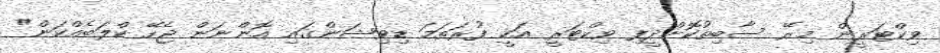
ވިކްޓަރީން މިރޭ ސާބިތުކޮށްދީފި ވިކްޓަރީ އަކީ ފުރަތަމަ ޑިވިޝަންގައި އޮންނަން ޖެހޭ ކްލަބެއްކަން"